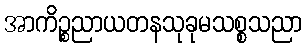
အာကိဉ္စညာယတနသုခုမသစ္စသညာ